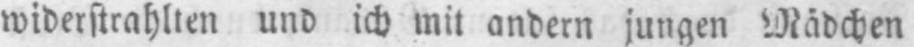
widerstrahlten und ich mit andern jungen Mädchen